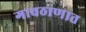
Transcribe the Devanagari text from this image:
गावठाणात